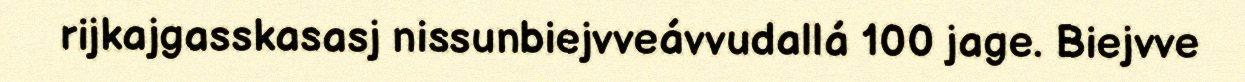
rijkajgasskasasj nissunbiejvveávvudallá 100 jage. Biejvve